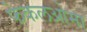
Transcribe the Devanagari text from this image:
फेकलओमा